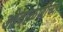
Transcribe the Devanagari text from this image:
ओवाळणीच्या